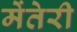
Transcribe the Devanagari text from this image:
मेंतेरी